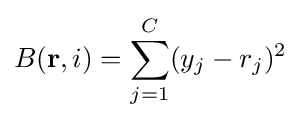
B(\mathbf {r} ,i)=\sum _{j=1}^{C}(y_{j}-r_{j})^{2}